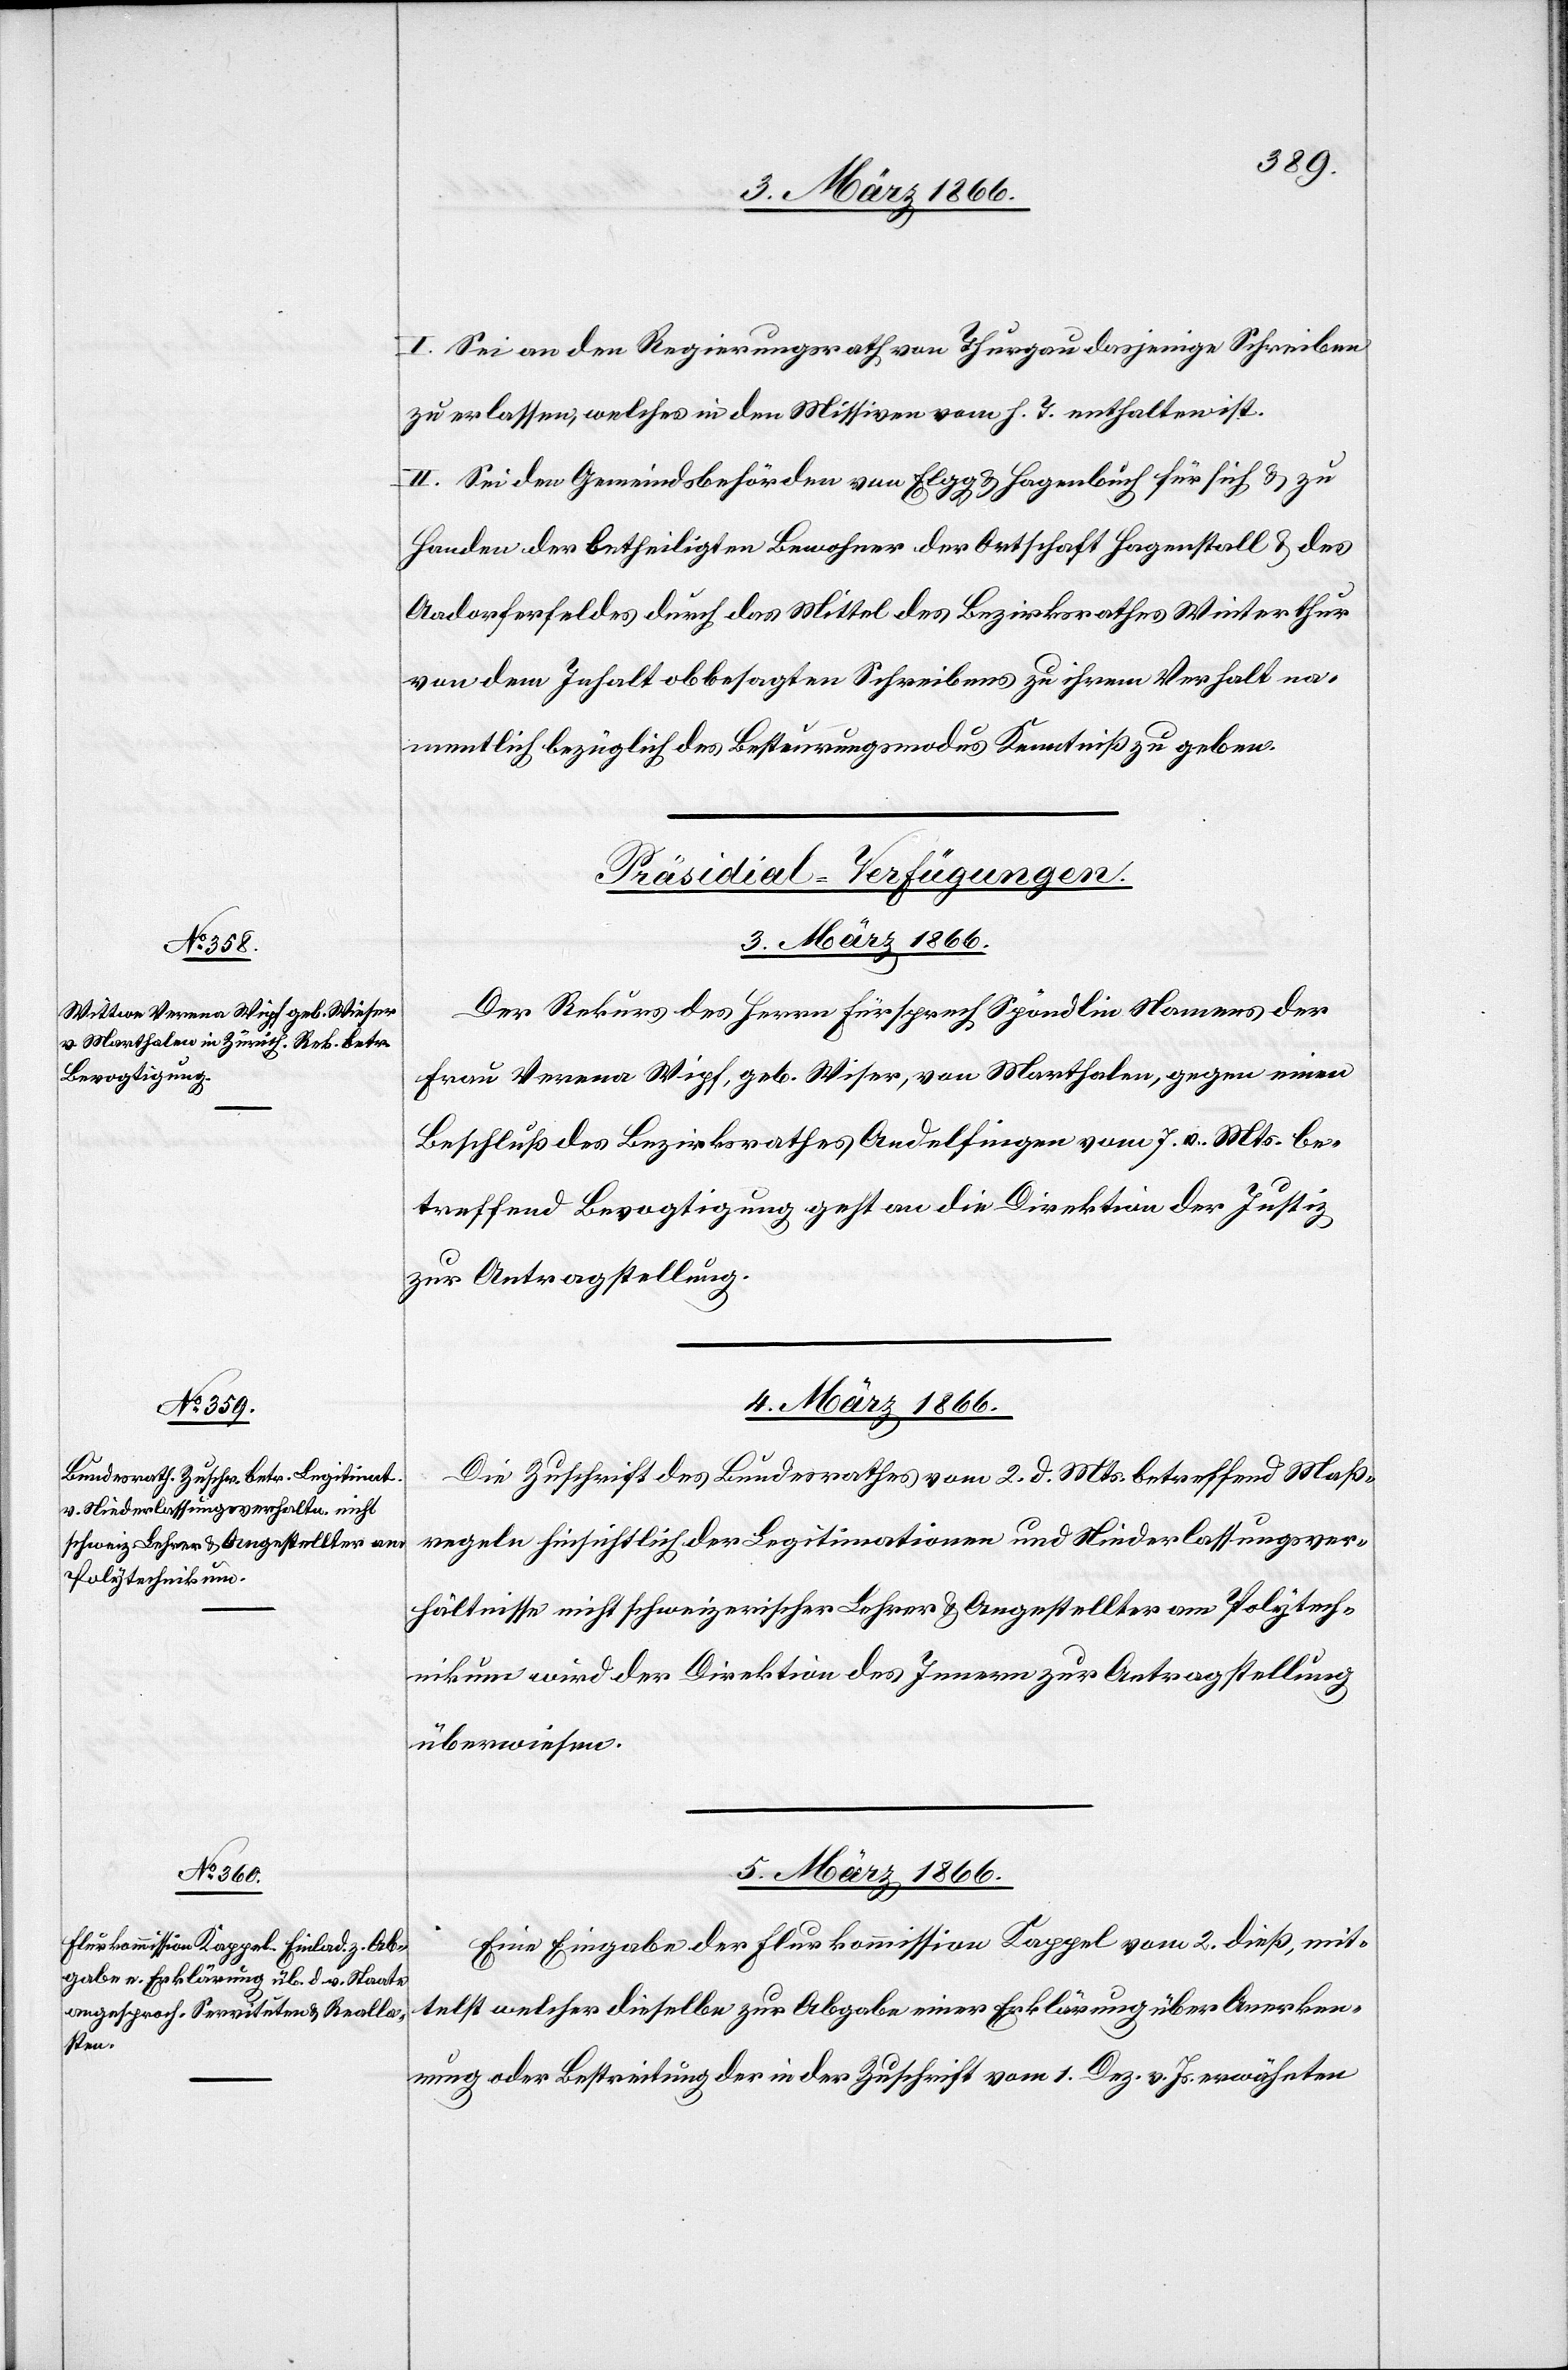
5. März 1866.
I. Sei an den Regierungsrath von Thurgau dasjenige Schreiben
zu erlassen, welches in den Missiven vom h. T. enthalten ist.
II. Sei den Gemeindbehörden von Elgg u. Hagenbuch für sich u. zu
Handen der betheiligten Bewohner der Ortschaft Hagenstall u. des
Aadorferfeldes durch das Mittel des Bezirksrathes Winterthur
von dem Inhalt obbesagten Schreibens zu ihrem Verhalt na¬
mentlich bezüglich des Besteuerungsmodus Kenntniß zu geben.
[Präsidial-Verfügungen.]
Der Rekurs des Herren Fürsprech Spöndli Namens der
Frau Verena Wipf, geb Wiser [sic!], von Marthalen, gegen einen
Beschluß des Bezirksrathes Andelfingen vom 7. v. Mts. be¬
treffend Bevogtigung geht an die Direktion der Justiz,
zur Antragstellung.
4. März 1866.
Die Zuschrift des Bundesrathes vom 2. d. Mts. betreffend Maß¬
regeln hinsichtlich der Legitimationen und Niederlassungsver¬
hältnisse nicht schweizerischer Lehrer u. Angestellter am Polytech¬
nikum wird der Direktion des Innern zur Antragstellung
überwiesen.
Eine Eingabe der Flurkommission Kappel vom 2. dieß, mit¬
telst welcher dieselbe zur Abgabe einer Erklärung über Anerken¬
nung oder Bestreitung der in der Zuschrift vom 1. Dez. v. Js. erwähnten